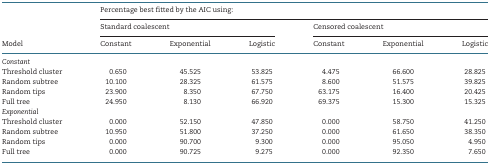
|  | <COLSPAN=6> Percentage best fitted by the AIC using: |
 |  | <COLSPAN=3> Standard coalescent | <COLSPAN=3> Censored coalescent |
 | Model | Constant | Exponential | Logistic | Constant | Exponential | Logistic |
 | --- | --- | --- | --- | --- | --- | --- |
 | Constant |  |  |  |  |  |  |
 | Threshold cluster | 0.650 | 45.525 | 53.825 | 4.475 | 66.600 | 28.825 |
 | Random subtree | 10.100 | 28.325 | 61.575 | 8.600 | 51.575 | 39.825 |
 | Random tips | 23.900 | 8.350 | 67.750 | 63.175 | 16.400 | 20.425 |
 | Full tree | 24.950 | 8.130 | 66.920 | 69.375 | 15.300 | 15.325 |
 | Exponential |  |  |  |  |  |  |
 | Threshold cluster | 0.000 | 52.150 | 47.850 | 0.000 | 58.750 | 41.250 |
 | Random subtree | 10.950 | 51.800 | 37.250 | 0.000 | 61.650 | 38.350 |
 | Random tips | 0.000 | 90.700 | 9.300 | 0.000 | 95.050 | 4.950 |
 | Full tree | 0.000 | 90.725 | 9.275 | 0.000 | 92.350 | 7.650 |